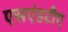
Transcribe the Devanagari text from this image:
एसएंडटीए